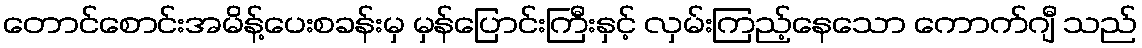
တောင်စောင်းအမိန့်ပေးစခန်းမှ မှန်ပြောင်းကြီးနှင့် လှမ်းကြည့်နေသော ကောက်ဂျီ သည်